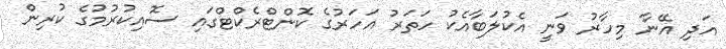
އަދި އޭނާ މިހާރު ވަނީ އެކުލަބާއެކު ހަތަރު އަހަރުގެ ކޮންޓްރެކްޓްގައި ސޮއިކުރުމުގެ ކުރިން